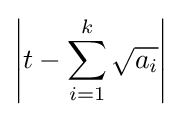
\left|t-\sum _{i=1}^{k}{\sqrt {a_{i}}}\right|